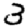
Digit: 3